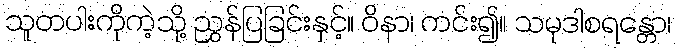
သူတပါးကိုကဲ့သို့ ညွှန်ပြခြင်းနှင့်။ ဝိနာ၊ ကင်း၍။ သမုဒါစရန္တော၊